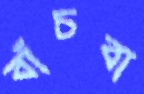
বাঁচবা